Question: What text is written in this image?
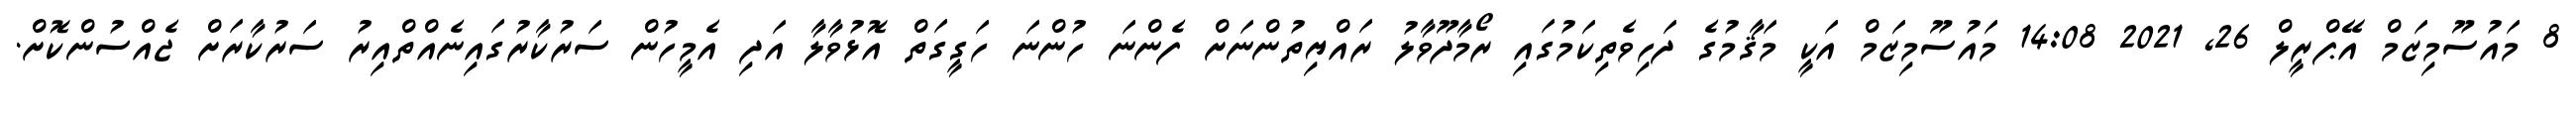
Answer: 8 މައުސޫމިޒަމް އޭޕްރީލް 26, 2021 14:08 މައުސޫމިޒަމް އަކީ މަޤާމުގެ ދަހިވެތިކަމުގައި ރޯމާދޫވާލު ރައްޔިތުންނަށް ފެންނަ ހުންނަ ހަގީގަތް އޮޅުވާލާ އަދި އެމީހުން ސަރުކާރުގައިނެއްތްއިރު ސަރުކާރަށް ޖެއްސުންކޮށް.